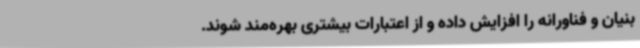
بنیان و فناورانه را افزایش داده و از اعتبارات بیشتری بهره‌مند شوند.